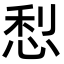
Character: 悡